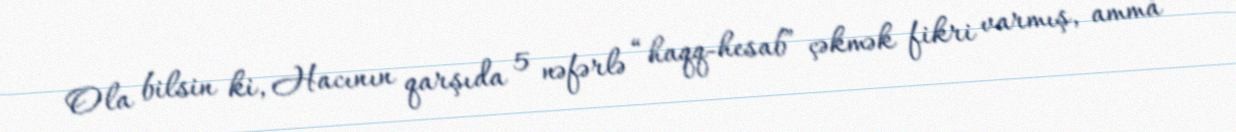
Ola bilsin ki, Hacının qarşıda 5 nəfərlə “haqq-hesab” çəkmək fikri varmış, amma